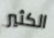
الكثير